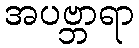
အပဗ္ဘာရာ